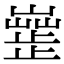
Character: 𣦣